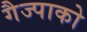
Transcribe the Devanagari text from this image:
गैज्पाको